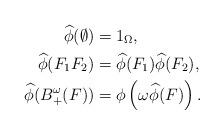
LaTeX: \begin{align*} \widehat\phi(\emptyset) & = 1_\Omega, \\ \widehat\phi(F_1F_2) & = \widehat\phi(F_1)\widehat\phi(F_2), \\ \widehat\phi(B_+^\omega(F)) & = \phi\left(\omega\widehat\phi(F)\right). \end{align*}